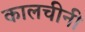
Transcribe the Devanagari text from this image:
कालचीनी